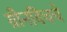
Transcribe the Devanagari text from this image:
ग्रीनविचचे